Bombay plague: being a history of the progress of plague in the Bombay presidency from September 1896 to June 1899
Year: 1896
Disease focus: Plague
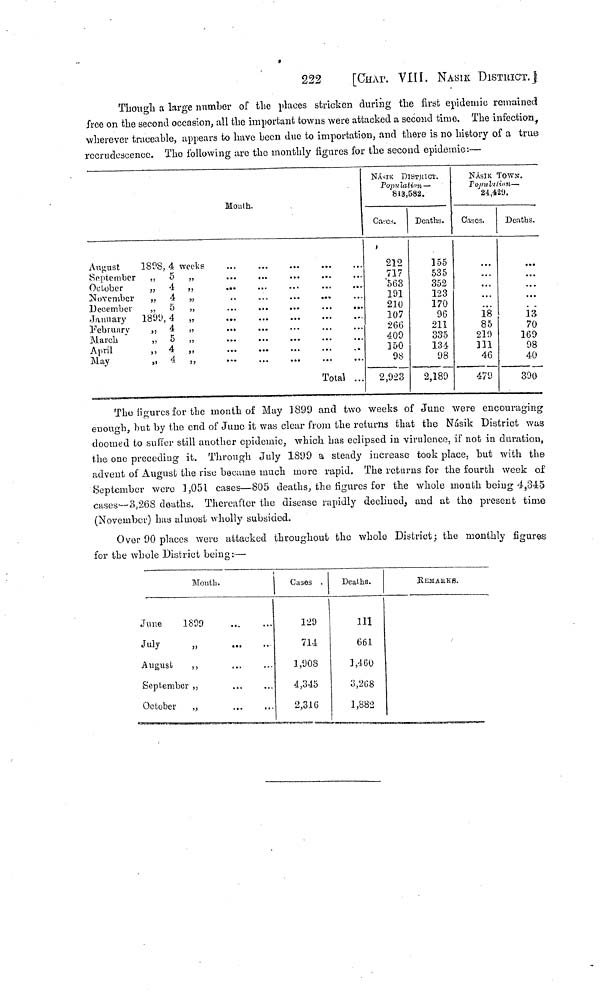
222
[CHAP. VIII. NASIK. DISTRICT.]
Though a large number of the places stricken during the first epidemic remained
free on the second occasion, all the important towns were attacked a second time. The infection,
wherever traceable, appears to have been due to importation, and there is no history of a true
recrudescence. The following are the monthly figures for the second epidemic :—
Mouth.
August
September
October
November
December
January
February
March
April
May
1898,
1899,
4 weeks
5 „
4 „
4 , „
5 „
4 „
4 „
5 „
4 „
4 „
Total ...
NASIK DISTRICT.
Population —
813,582.
Cases.
212
717
563
191
210
107
266
400
150
98
2,923
Deaths.
155
535
352
123
170
06
211
335
134
08
2,180
NÁSIK TOWN.
Population —
24,429.
Cases.
...
...
...
...
18
85
210
111
46
470
Deaths.
...
...
13
70
160
08
40
390
The figures for the month of May 1899 and two weeks of June were encouraging
enough, but by the end of June it was clear from the returns that the Násik District was
doomed to suffer still another epidemic, which has eclipsed in virulence, if not in duration,
the one preceding it. Through July 1899 a steady increase took place, but with the
advent of August the rise became much more rapid. The returns for the fourth week of
September were 1,051 cases—805 deaths, the figures for the whole month being 4,345
cases—3,268 deaths. Thereafter the disease rapidly declined, and at the present time
(November) has almost wholly subsided.
Over 90 places were attacked throughout the whole District; the monthly figures
for the whole District being : —
Mouth.
June
1809
July ,,
August
,,
September ,,
October
„
...
...
...
...
... · ·
··
...
...
...
Cases.
129
714
1,008
4,345
2,316
Deaths.
111
661
1,460
3,268
1,882
REMARKS.